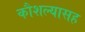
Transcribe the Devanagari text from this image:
कौशल्यासह